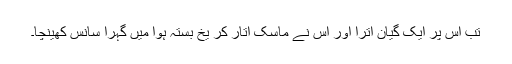
تب اس پر ایک گیان اترا اور اس نے ماسک اتار کر یخ بستہ ہوا میں گہرا سانس کھینچا۔